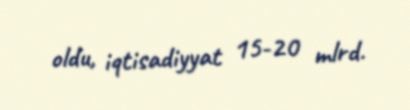
oldu, iqtisadiyyat 15-20 mlrd.